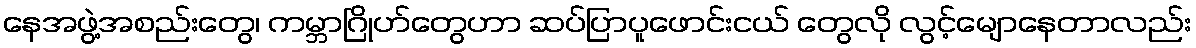
နေအဖွဲ့အစည်းတွေ၊ ကမ္ဘာဂြိုဟ်တွေဟာ ဆပ်ပြာပူဖောင်းငယ် တွေလို လွင့်မျောနေတာလည်း